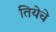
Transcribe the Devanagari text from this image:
तियेचे